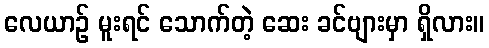
လေယာဉ် မူးရင် သောက်တဲ့ ဆေး ခင်ဗျားမှာ ရှိလား။